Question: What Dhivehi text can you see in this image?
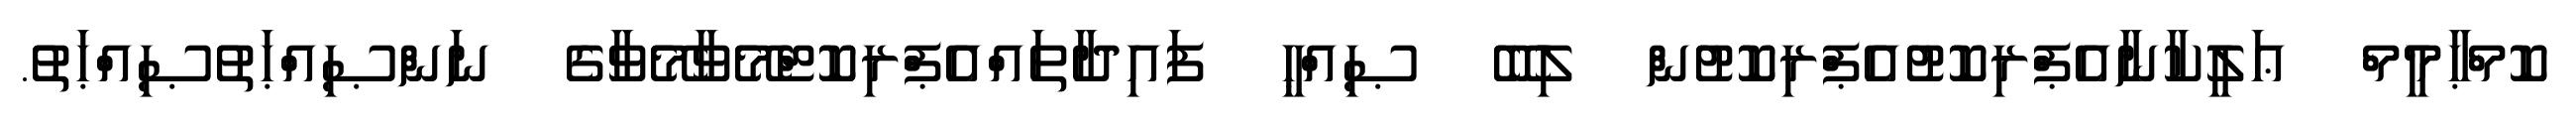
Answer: ކޮމްޙާމީމް ޢަލީކާނާއެޕްރިކޮޓުއެޕްރިކޮޓުން ލިބޭ ޞިއްޙީ ފައިދާތައްއެޕްރިކޮޓްމޭވާމޭވާގެ ނަންޞިއްޙަތުޞިއްޙަތު.